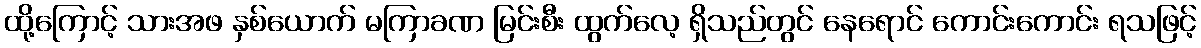
ထို့ကြောင့် သားအဖ နှစ်ယောက် မကြာခဏ မြင်းစီး ထွက်လေ့ ရှိသည်တွင် နေရောင် ကောင်းကောင်း ရသဖြင့်